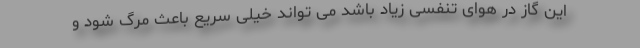
این گاز در هوای تنفسی زیاد باشد می تواند خیلی سریع باعث مرگ شود و